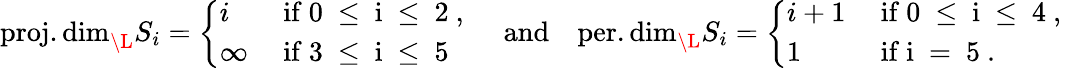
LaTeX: \begin{array}{r}{\operatorname{proj.dim}_{\L}S_{i}=\left\{ \begin{array}{ll}{i}&{\mathrm{~if~0~\leq~i~\leq~2~,~}}\\ {\infty}&{\mathrm{~if~3~\leq~i~\leq~5~}}\end{array}\right.\quad\mathrm{and}\quad\operatorname{per.dim}_{\L}S_{i}=\left\{ \begin{array}{ll}{i+1}&{\mathrm{~if~0~\leq~i~\leq~4~,~}}\\ {1}&{\mathrm{~if~i~=~5~}.}\end{array}\right.}\end{array}